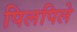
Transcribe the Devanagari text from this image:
पिलपिले